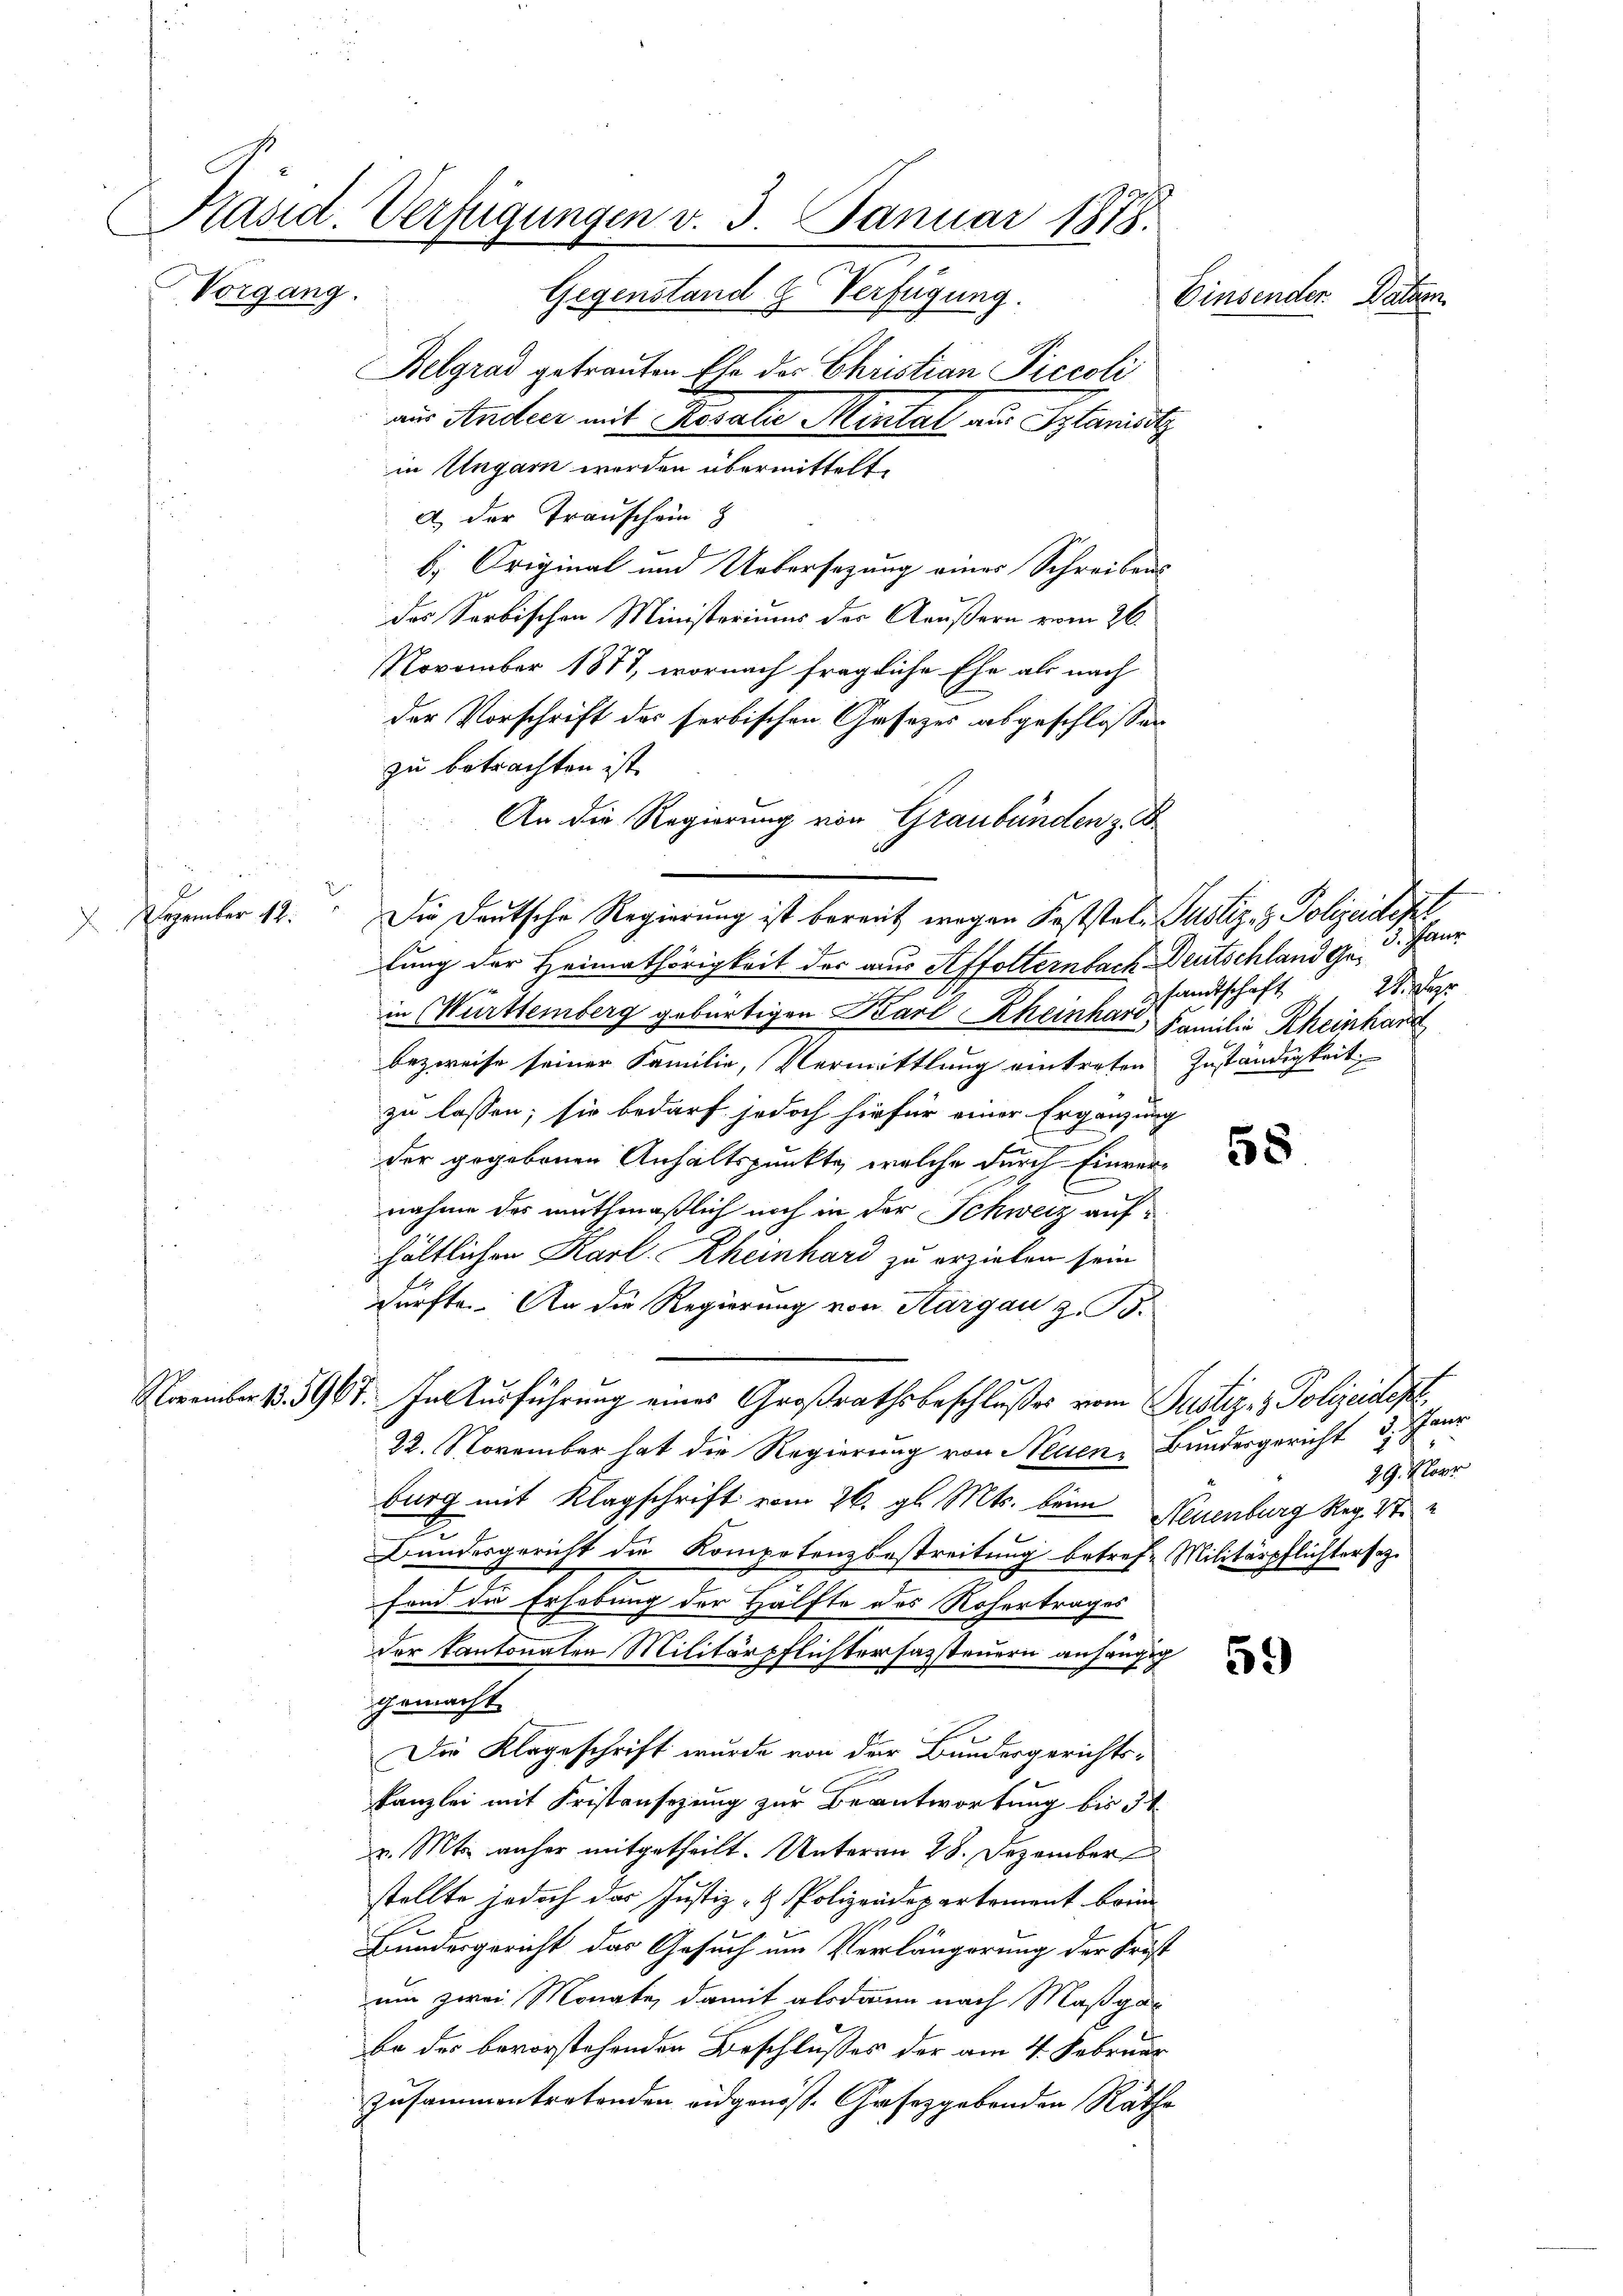
Präsid. Verfügungen v. 3. Januar 1878.

Dezember 12.

Vorgang.

Gegenstand & Verfügung.
Belgrad getrauten Ehe des Christian Piccoli
aus Andeer mit Rosalie Mintal aus Spanist
in Ungarn werden übermittelt.
A. der Transchein
b. Original und Uebersezung eines Schreibens
das Serbischen Ministeriums der Aeußern vom 26.
November 1871, wornach fragliche Ehe als nach
der Vorschrift des serbischen Gesezes abgeschlossen
zu betrachten ist.
An die Regierung von Graubünden z. B.
lung der Heimathörigkeit der aus Affolternbach Deutschland Ge¬

in Württemberg gebürtigen Barl Rheinhard Familie Rheinhar
bezweife seiner Familie, Vermittlung eintreten Zuständigkeit,
zu lassen; sie bedarf jedoch hiefür einer Ergänzung
der gegebenen Anhaltspunkte, welche durch Einvernahme des muthmaßlich noch in der Schweiz aufhältlichen Karl. Rheinhard zu erziehen sein
dürfte. An die Regierung von Aargau z. B.
November 1. 5967. In Ausführung eines Großrathsbeschlußes vom Justiz- & Polizeides,
22. November hat die Regierung von Neuen Bundesgericht
burg mit Klagschrift vom 26. gl. Mts. beim Neuenburg Reg. 47
Bundesgericht die Kompetenzbestreitung betref- Militärpflichtersez.
fend die Erhebung der Hälfte des Rohertrages
der Kantonalen Militärpflichterfassteuern anhängig
gemacht
Die Klageschrift wurde von der Bundesgerichtskanzlei mit Fristansezung zur Beantwortung bis 3
v. Mts. anher mitgetheilt. Unterm 28. Dezember
stellte jedoch das Justiz- & Polizeidepartement brin
Bundesgericht das Gesuch um Verlängerung der Frist
um zwei Monate, damit alsdann nach Maßgabe des bevorstehenden Beschlusses der am 4. Februar
zusammentretenden eidgenöss. Gaseggebenden Räthe

Die Deutsche Regierung ist bereit wegen Koststat- Justiz- & Polizeident

Einsender. Datten.

3. Paur
2
sandtschaft

58

. Paur
29. Nover

5